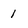
Character: 1